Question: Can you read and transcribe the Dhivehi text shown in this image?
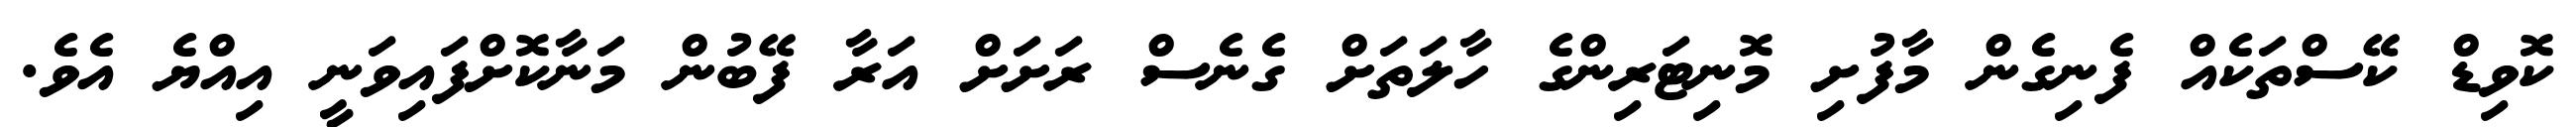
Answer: ކޮވިޑް ކޭސްތަކެއް ފެނިގެން މާފުށި މޮނިޓަރިންގެ ހާލަތަށް ގެނެސް ރަށަށް އަރާ ފޭބުން މަނާކޮށްފައިވަނީ އިއްޔެ އެވެ.